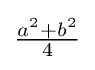
{\tfrac {a^{2}+b^{2}}{4}}